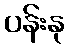
ပန်းနု